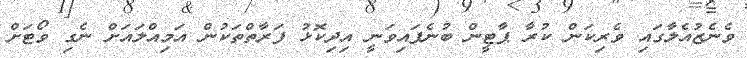
ވެނެޒުއެލާގައި ވެރިކަން ކުރާ ޕާޓީން ބުނެފައިވަނީ އިދިކޮޅު ފަރާތްތަކުން އަމިއްލައަށް ނެގި ވޯޓަށް